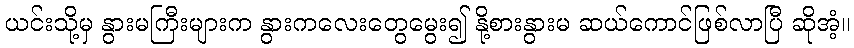
ယင်းသို့မှ နွားမကြီးများက နွားကလေးတွေမွေး၍ နို့စားနွားမ ဆယ်ကောင်ဖြစ်လာပြီ ဆိုအံ့။